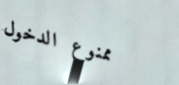
ممنوع الدخول